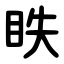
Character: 眣